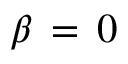
\beta \, = \, 0